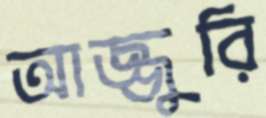
আজ্জুরি